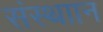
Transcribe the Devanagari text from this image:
संस्थाान